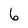
Character: 6